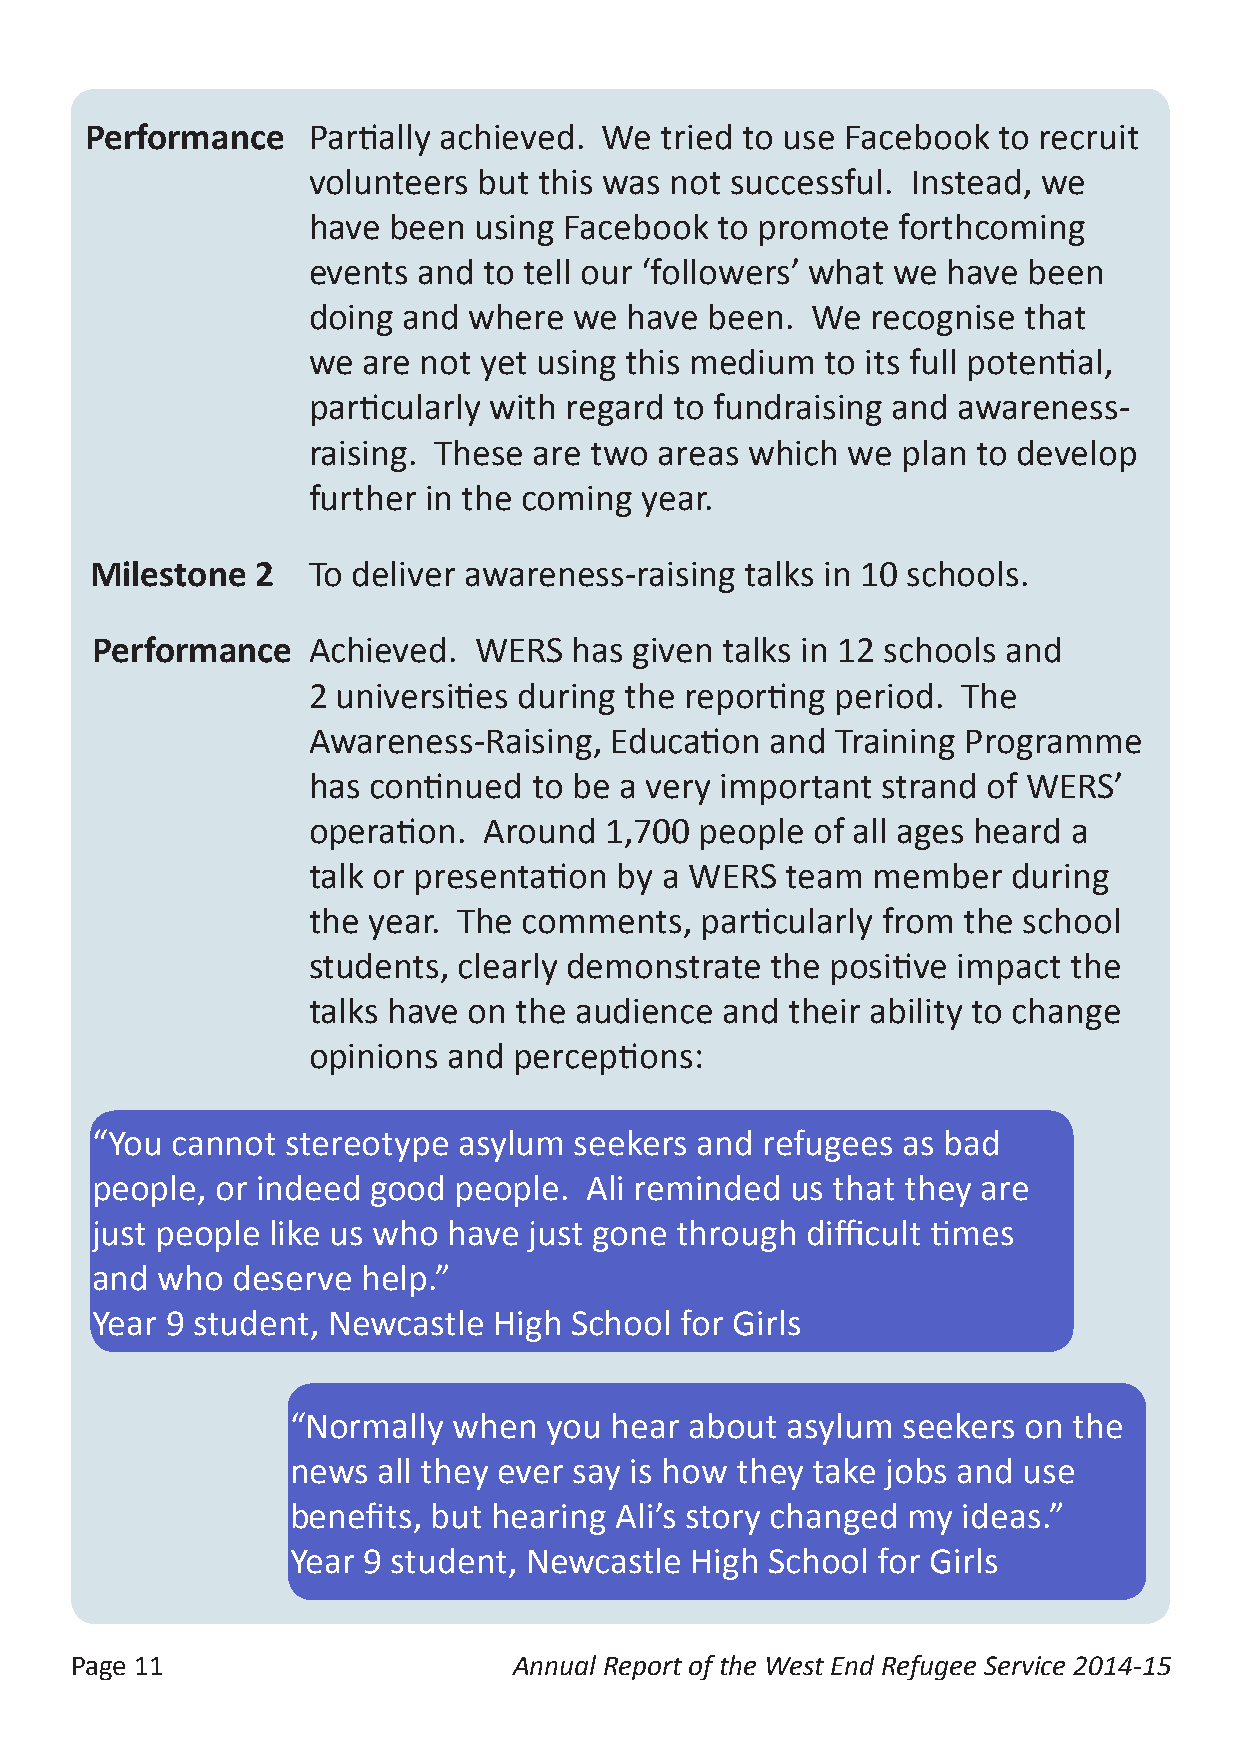
Performance   Partially achieved. We  tried to use Facebook to recruit
 volunteers  but this was not successful. Instead, we
 have  been using Facebook  to promote  forthcoming
 events  and to tell our ‘followers’ what we have been
 doing  and where  we  have been.  We  recognise that
 we  are not yet using this medium  to its full potential,
 particularly with regard to fundraising and awareness-
 raising. These are two  areas which we  plan to develop
 further in the coming year.
 Milestone  2  To deliver awareness-raising talks in 10 schools.
 Performance   Achieved.  WERS   has given talks in 12 schools and
 2 universities during the reporting period. The
 Awareness-Raising,  Education  and Training Programme
 has continued  to be a very important strand of WERS’
 operation.  Around  1,700 people  of all ages heard a
 talk or presentation by a WERS  team  member   during
 the year. The  comments,  particularly from the school
 students, clearly demonstrate  the positive impact the
 talks have on the audience  and their ability to change
 opinions  and perceptions:
 “You cannot  stereotype asylum  seekers and refugees  as bad
 people, or indeed good  people.  Ali reminded us that they are
 just people like us who have just gone through difficult times
 and who  deserve  help.”
 Year 9 student, Newcastle  High School for Girls
 “Normally  when  you hear  about asylum  seekers on the
 news  all they ever say is how they take jobs and use
 benefits, but hearing Ali’s story changed my ideas.”
 Year 9 student, Newcastle  High School for Girls
 Page 11                      Annual Report of the West End Refugee Service 2014-15